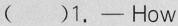
( )1.- How